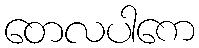
တေလပါကေ